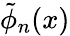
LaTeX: \tilde{\phi}_{n}(x)